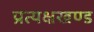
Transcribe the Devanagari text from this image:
प्रत्यक्षखण्ड